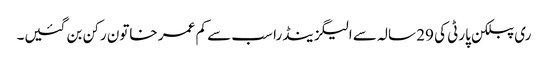
ری پبلکن پارٹی کی 29 سالہ سے الیگزینڈرا سب سے کم عمر خاتون رکن بن گئیں۔